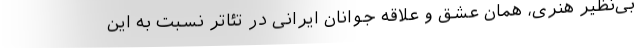
بی‌نظیر هنری، همان عشق و علاقه جوانان ایرانی در تئاتر نسبت به این